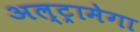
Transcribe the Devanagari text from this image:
अल्ट्रामेगा